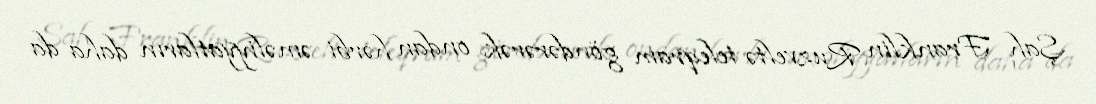
Şah Franklin Ruzveltə teleqram göndərərək ondan hərbi əməliyyatların daha da